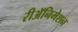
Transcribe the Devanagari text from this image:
रीअॅनिमेशन